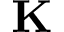
\textbf { K }